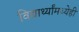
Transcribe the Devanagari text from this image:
विद्यार्थ्यांमध्येही